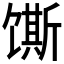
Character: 𫗲